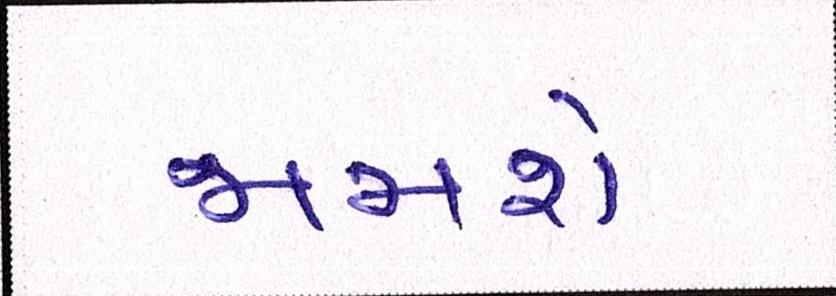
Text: જામશે